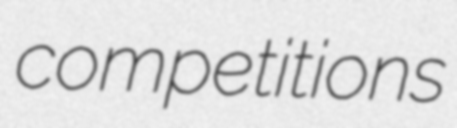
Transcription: competitions